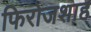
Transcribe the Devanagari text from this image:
फिरोजशाह